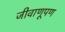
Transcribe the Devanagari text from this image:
जीवाणूपण